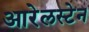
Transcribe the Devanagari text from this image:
आरेलस्टेन